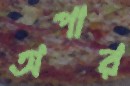
অপার